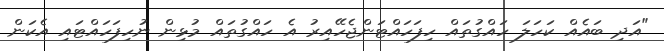
"އަދި ބައެއް ކަހަލަ ހައްގުތައް ހިފަހައްޓަންޖެހޭއިރު އެ ހައްގުތައް މުޅިން ނުހިފަހައްޓައި އެކަން